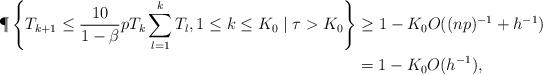
LaTeX: \begin{align*} {\P} \left\{T_{k+1} \leq \frac{10}{1-\beta} p T_k \sum_{l=1}^{k}T_l, 1\leq k \leq K_0 \mid \tau > K_0 \right\}& \geq 1-K_0 O( (np)^{-1}+h^{-1} )\\&=1-K_0 O( h^{-1} ),\end{align*}